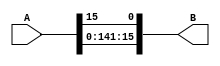
// Copyright (C) 2018  Intel Corporation. All rights reserved.
// Your use of Intel Corporation's design tools, logic functions 
// and other software and tools, and its AMPP partner logic 
// functions, and any output files from any of the foregoing 
// (including device programming or simulation files), and any 
// associated documentation or information are expressly subject 
// to the terms and conditions of the Intel Program License 
// Subscription Agreement, the Intel Quartus Prime License Agreement,
// the Intel FPGA IP License Agreement, or other applicable license
// agreement, including, without limitation, that your use is for
// the sole purpose of programming logic devices manufactured by
// Intel and sold by Intel or its authorized distributors.  Please
// refer to the applicable agreement for further details.

// PROGRAM		"Quartus Prime"
// VERSION		"Version 18.0.0 Build 614 04/24/2018 SJ Lite Edition"
// CREATED		"Fri Oct 25 16:44:04 2019"

module shifter_8b(
	A,
	B
);


input wire	[15:0] A;
output wire	[15:0] B;

wire	[15:0] in;
wire	[15:0] out;




assign	out[15:1] = in[14:0];


assign	out[0] = in[15];


assign	B = out;
assign	in = A;

endmodule